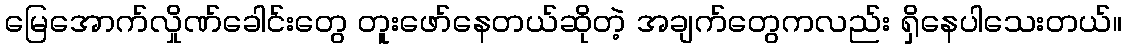
မြေအောက်လှိုဏ်ခေါင်းတွေ တူးဖော်နေတယ်ဆိုတဲ့ အချက်တွေကလည်း ရှိနေပါသေးတယ်။